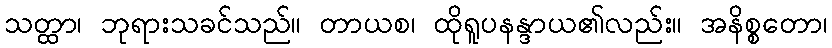
သတ္ထာ၊ ဘုရားသခင်သည်။ တာယစ၊ ထိုရူပနန္ဒာယ၏လည်း။ အနိစ္စတော၊